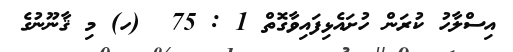
އިސްލާހު ކުރަން ހުށައެޅިފައިވާގޮތް 1 : 75  (ހ) މި ޤާނޫނުގެ